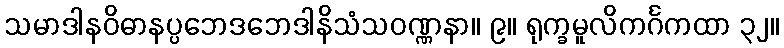
သမာဒါနဝိဓာနပ္ပဘေဒဘေဒါနိသံသဝဏ္ဏနာ။ ၉။ ရုက္ခမူလိကင်္ဂကထာ ၃၂။